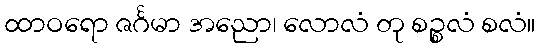
ထာဝရော ဇင်္ဂမာ အညော၊ လောလံ တု စဉ္စလံ စလံ။